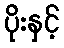
ပိုးနှင့်